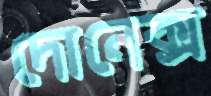
দোনেক্স